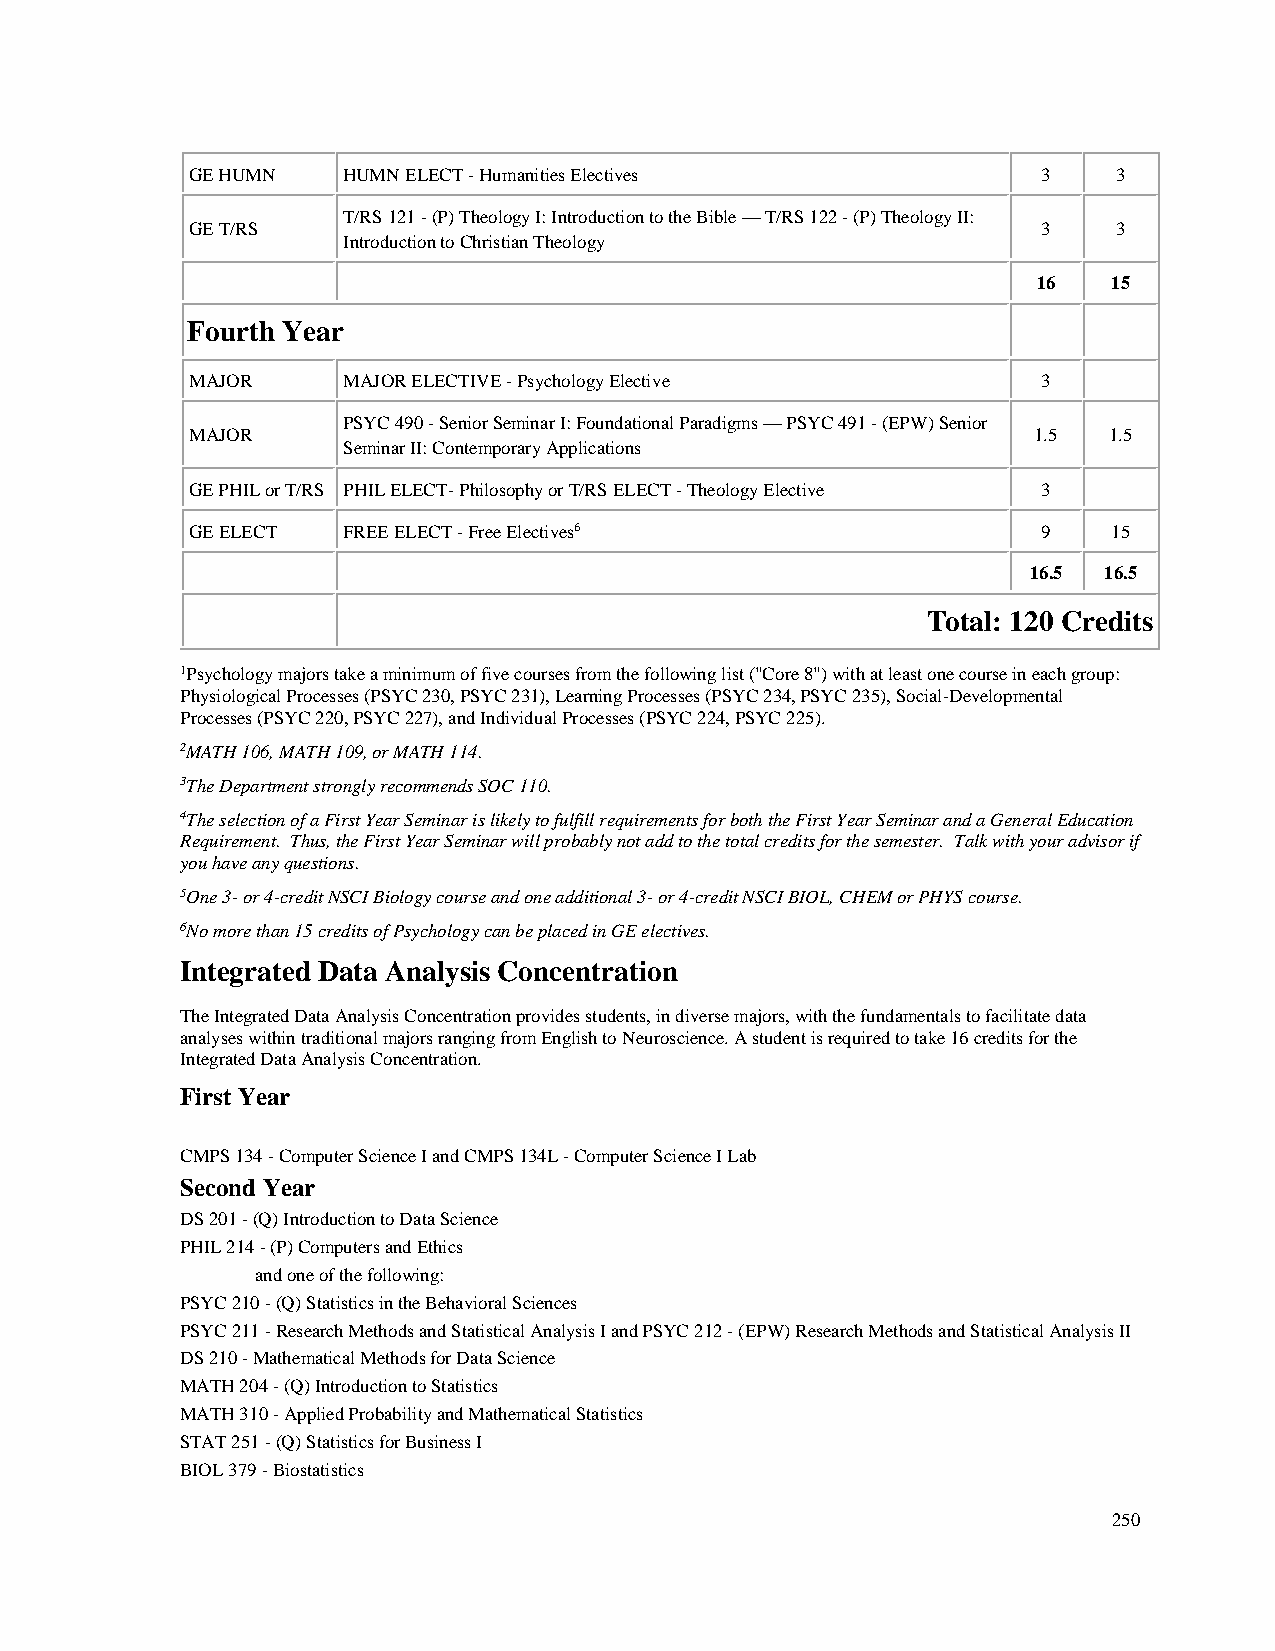
GE HUMN   HUMN ELECT - Humanities Electives             3    3
 T/RS 121 - (P) Theology I: Introduction to the Bible — T/RS 122 - (P) Theology II:
 GE T/RS                                                 3    3
 Introduction to Christian Theology
 16   15
 Fourth Year
 MAJOR     MAJOR ELECTIVE - Psychology Elective          3
 PSYC 490 - Senior Seminar I: Foundational Paradigms — PSYC 491 - (EPW) Senior
 MAJOR                                                  1.5  1.5
 Seminar II: Contemporary Applications
 GE PHIL or T/RS PHIL ELECT- Philosophy or T/RS ELECT - Theology Elective 3
 GE ELECT  FREE ELECT - Free Electives6                  9    15
 16.5 16.5
 Total: 120 Credits
 1Psychology majors take a minimum of five courses from the following list ("Core 8") with at least one course in each group:
 Physiological Processes (PSYC 230, PSYC 231), Learning Processes (PSYC 234, PSYC 235), Social-Developmental
 Processes (PSYC 220, PSYC 227), and Individual Processes (PSYC 224, PSYC 225).
 2MATH 106, MATH 109, or MATH 114.
 3The Department strongly recommends SOC 110.
 4The selection of a First Year Seminar is likely to fulfill requirements for both the First Year Seminar and a General Education
 Requirement. Thus, the First Year Seminar will probably not add to the total credits for the semester. Talk with your advisor if
 you have any questions.
 5One 3- or 4-credit NSCI Biology course and one additional 3- or 4-credit NSCI BIOL, CHEM or PHYS course.
 6No more than 15 credits of Psychology can be placed in GE electives.
 Integrated Data Analysis Concentration
 The Integrated Data Analysis Concentration provides students, in diverse majors, with the fundamentals to facilitate data
 analyses within traditional majors ranging from English to Neuroscience. A student is required to take 16 credits for the
 Integrated Data Analysis Concentration.
 First Year
 CMPS 134 - Computer Science I and CMPS 134L - Computer Science I Lab
 Second Year
 DS 201 - (Q) Introduction to Data Science
 PHIL 214 - (P) Computers and Ethics
 and one of the following:
 PSYC 210 - (Q) Statistics in the Behavioral Sciences
 PSYC 211 - Research Methods and Statistical Analysis I and PSYC 212 - (EPW) Research Methods and Statistical Analysis II
 DS 210 - Mathematical Methods for Data Science
 MATH 204 - (Q) Introduction to Statistics
 MATH 310 - Applied Probability and Mathematical Statistics
 STAT 251 - (Q) Statistics for Business I
 BIOL 379 - Biostatistics
 250